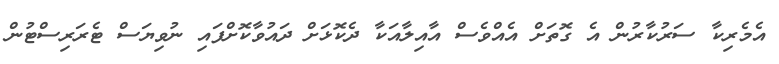
އެމެރިކާ ސަރުކާރުން އެ ގޮތަށް އެއްވެސް އާއިލާއަކާ ދެކޮޅަށް ދައުވާކޮށްފައި ނުވިޔަސް ޓެރަރިސްޓުން